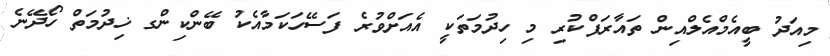
މިއަދު ބީއެމްއެލްއިން ތައާރަފްކުރި މި ހިދުމަތަކީ އެއަށްވުރެ ފަސޭހަކަމާއެކު ބޭންކިންގ ޚިދުމަތް ހޯދޭނެ